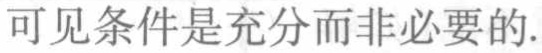
可见条件是充分而非必要的.